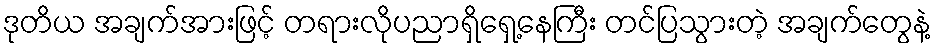
ဒုတိယ အချက်အားဖြင့် တရားလိုပညာရှိရှေ့နေကြီး တင်ပြသွားတဲ့ အချက်တွေနဲ့